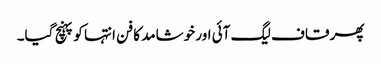
پھر قاف لیگ آئی اور خوشامد کا فن انتہا کو پہنچ گیا۔